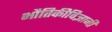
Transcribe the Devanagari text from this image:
भौतिकीविज्ञानी